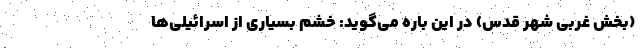
(بخش غربی شهر قدس) در این باره می‌گوید: خشم بسیاری از اسرائیلی‌ها